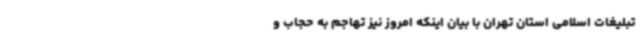
تبلیغات اسلامی استان تهران با بیان اینکه امروز نیز تهاجم به حجاب و